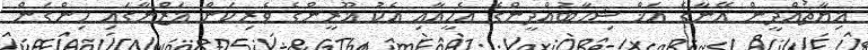
ޣިޔާޘުއްދީން އޭނާގެ އަޚް ޝިހާބުއްދީންގެ އެހީއާއި އެކު ޣޫރީންގެ ވެރިކަން ޣަޒްނާގައި ހިންގަން